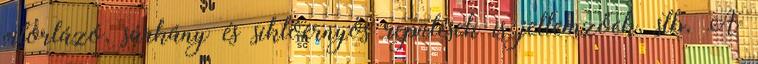
vitorlázó, sárkány és siklóernyős repülések is jellemzőek, stb. A